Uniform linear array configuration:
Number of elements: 12
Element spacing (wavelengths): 1
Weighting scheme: uniform
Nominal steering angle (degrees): -45
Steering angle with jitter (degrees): -46.68
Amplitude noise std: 0.05
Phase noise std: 0.05

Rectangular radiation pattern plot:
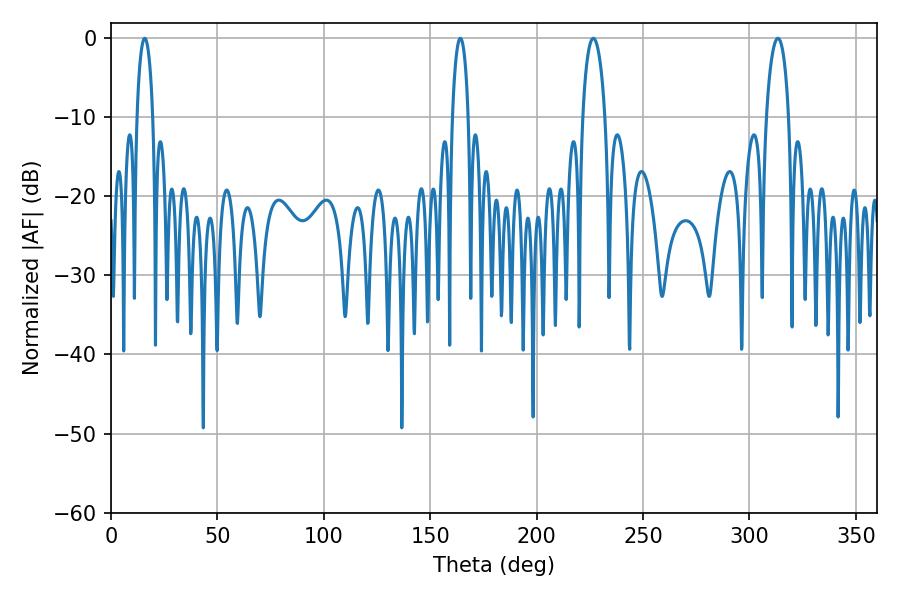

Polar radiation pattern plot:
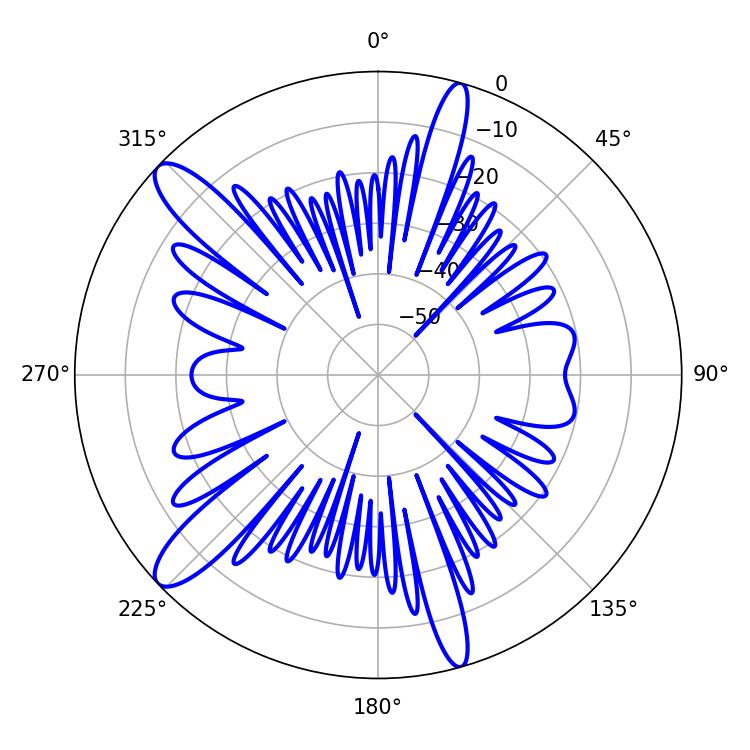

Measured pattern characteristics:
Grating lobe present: TRUE
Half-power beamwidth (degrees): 4.32
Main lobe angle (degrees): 15.84